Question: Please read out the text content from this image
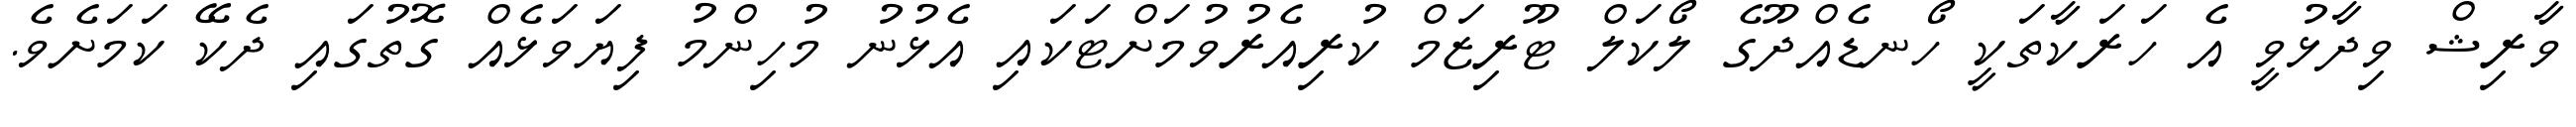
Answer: ވާރިޝް ވިދާޅުވީ އެ ހަރަކާތަކީ ހޯނޑެއްދޫގެ ލޯކަލް ޓޫރިޒަމް ކުރިއެރުވުމަށްޓަކައި އެޅުނު މުހިންމު ފިޔަވަޅެއް ގޮތުގައި ދެކޭ ކަމަށެވެ.